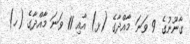
ގާނޫނުގެ 9 ވަނަ މާއްދާގެ (ޅ) އާއި 11 ވަނަ މާއްދާގެ (ހ)